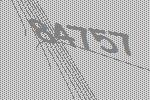
84757